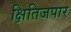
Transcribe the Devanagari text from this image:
क्षितिजपार